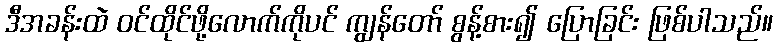
ဒီအခန်းထဲ ဝင်ထိုင်ဖို့လောက်ကိုပင် ကျွန်တော် စွန့်စား၍ ပြောခြင်း ဖြစ်ပါသည်။